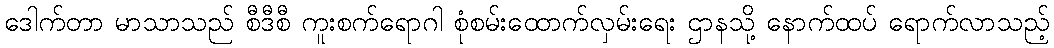
ဒေါက်တာ မာသာသည် စီဒီစီ ကူးစက်ရောဂါ စုံစမ်းထောက်လှမ်းရေး ဌာနသို့ နောက်ထပ် ရောက်လာသည့်